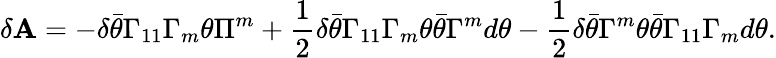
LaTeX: \delta\mathbf{A}=-\delta\bar{{\theta}}\Gamma_{11}\Gamma_{m}\theta\Pi^{m}+{\frac{{1}}{{2}}}\delta\bar{{\theta}}\Gamma_{11}\Gamma_{m}\theta\bar{{\theta}}\Gamma^{m}d\theta-{\frac{{1}}{{2}}}\delta\bar{{\theta}}\Gamma^{m}\theta\bar{{\theta}}\Gamma_{11}\Gamma_{m}d\theta.